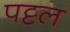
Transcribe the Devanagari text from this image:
पट्टल